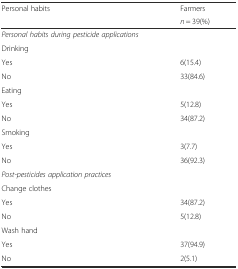
<table><thead><tr><td rowspan="2"><b>Personal habits</b></td><td><b>Farmers</b></td></tr><tr><td><b><i>n</i> = 39(%)</b></td></tr></thead><tbody><tr><td colspan="2"><i>Personal habits during pesticide applications</i></td></tr><tr><td>Drinking</td><td></td></tr><tr><td>Yes</td><td>6(15.4)</td></tr><tr><td>No</td><td>33(84.6)</td></tr><tr><td>Eating</td><td></td></tr><tr><td>Yes</td><td>5(12.8)</td></tr><tr><td>No</td><td>34(87.2)</td></tr><tr><td>Smoking</td><td></td></tr><tr><td>Yes</td><td>3(7.7)</td></tr><tr><td>No</td><td>36(92.3)</td></tr><tr><td colspan="2"><i>Post-pesticides application practices</i></td></tr><tr><td>Change clothes</td><td></td></tr><tr><td>Yes</td><td>34(87.2)</td></tr><tr><td>No</td><td>5(12.8)</td></tr><tr><td>Wash hand</td><td></td></tr><tr><td>Yes</td><td>37(94.9)</td></tr><tr><td>No</td><td>2(5.1)</td></tr></tbody></table>